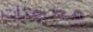
معجنات